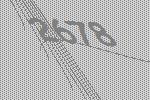
2678